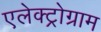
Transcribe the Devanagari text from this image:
एलेक्ट्रोग्राम